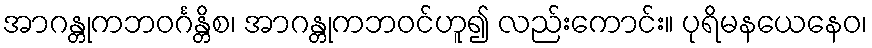
အာဂန္တုကဘဝင်္ဂန္တိစ၊ အာဂန္တုကဘဝင်ဟူ၍ လည်းကောင်း။ ပုရိမနယေနေဝ၊